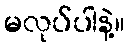
မလုပ်ပါနဲ့။